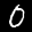
Label: 0